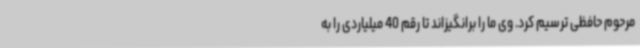
مرحوم حافظی ترسیم کرد. وی ما را برانگیزاند تا رقم 40 میلیاردی را به